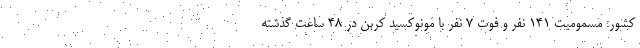
کشور: مسمومیت ۱۴۱ نفر و فوت ۷ نفر با مونوکسید کربن در ۴۸ ساعت گذشته